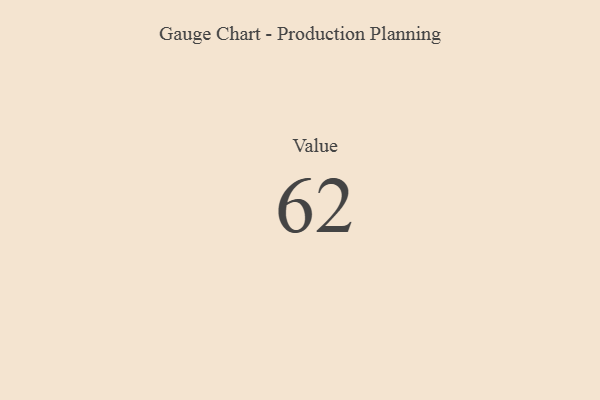
{"axis": {"x": "Metric", "y": "Value"}, "legend": [""], "data": [{"x": "Value", "y": 62, "type": ""}]}